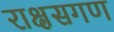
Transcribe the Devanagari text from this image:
राक्षसगण